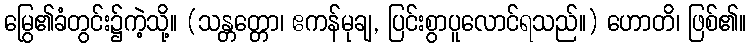
မြွေ၏ခံတွင်း၌ကဲ့သို့။ (သန္တတ္တော၊ ဧကန်မုချ, ပြင်းစွာပူလောင်ရသည်။) ဟောတိ၊ ဖြစ်၏။